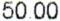
50.00